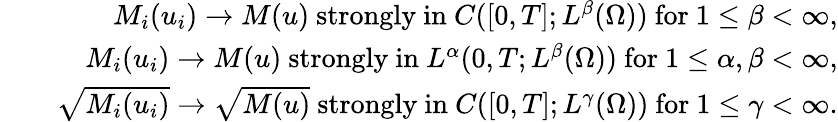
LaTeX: \begin{array}{rlr}&{}&{M_{i}(u_{i})\rightarrow M(u)\mathrm{~strongly~in~}C([0,T];L^{\beta}(\Omega))\mathrm{~for~}1\leq\beta<\infty,}\\ &{}&{M_{i}(u_{i})\rightarrow M(u)\mathrm{~strongly~in~}L^{\alpha}(0,T;L^{\beta}(\Omega))\mathrm{~for~}1\leq\alpha,\beta<\infty,}\\ &{}&{\sqrt{M_{i}(u_{i})}\rightarrow\sqrt{M(u)}\mathrm{~strongly~in~}C([0,T];L^{\gamma}(\Omega))\mathrm{~for~}1\leq\gamma<\infty.}\end{array}